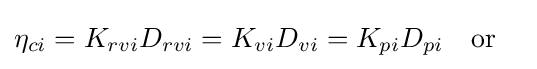
\eta _{ci}=K_{rvi}D_{rvi}=K_{vi}D_{vi}=K_{pi}D_{pi}\quad {\text{or}}\quad